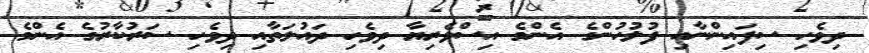
ދިވެހި ސިފައިންނާއި ފުލުހުންގެ އެންމެ އިސްވެރިޔާ ދިވެހި ދައުލަތާއި ދިވެހި ސަރުކާރުގެ އެންމެ